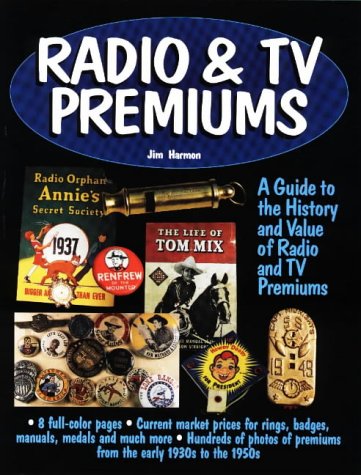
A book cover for Radio & TV Premiums: A Guide to the History and Value of Radio and TV Premiums; Jim Harmon; Crafts, Hobbies & Home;